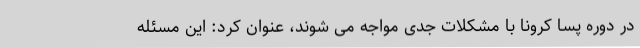
در دوره پسا کرونا با مشکلات جدی مواجه می شوند، عنوان کرد: این مسئله